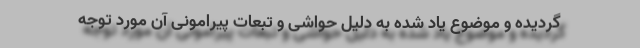
گردیده و موضوع یاد شده به دلیل حواشی و تبعات پیرامونی آن مورد توجه